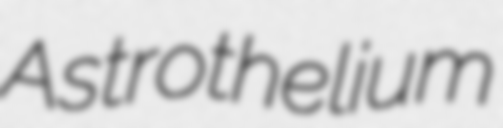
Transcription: Astrothelium